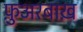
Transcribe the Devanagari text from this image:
फ़ुअरबाख़